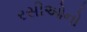
રસીઓનો